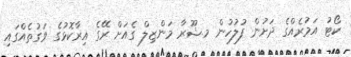
ކޯޓު އަމުރެއްގެ ދަށުން ފުލުހުން މ.ޝޫރާ މަންޒިލް ގެއަށް ރޭގެ އިރާކޮޅުގެ ވަގުތެއްގައި